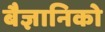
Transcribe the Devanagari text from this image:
बैज्ञानिको